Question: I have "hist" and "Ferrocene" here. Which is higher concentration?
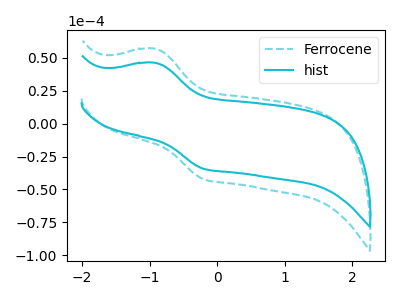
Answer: <think>The cyan dashed curve "Ferrocene" has an anodic peak at (-0.95V, 57.05uA) and a cathodic peak at (-0.20V, -41.95uA). The cyan curve "hist" has an anodic peak at (-0.95V, 46.35uA) and a cathodic peak at (-0.20V, -34.10uA).
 All the peaks in "hist" have a peak in "Ferrocene" at the same potential. Every peak in "hist" is lower than every peak in "Ferrocene".</think>
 <answer>"hist" has less signal than "Ferrocene" and so likely has a lower concentration.</answer>
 <eval>less_concentration</eval>